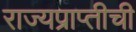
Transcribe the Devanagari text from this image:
राज्यप्राप्तीची